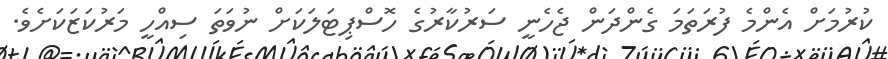
ކުރުމަށް އެންމެ ފުރަތަމަ ގެންދަން ޖެހެނީ ސަރުކާރުގެ ހޮސްޕިޓަލަކަށް ނުވަތަ ސިއްހީ މަރުކަޒަކަށެވެ.